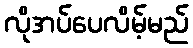
လိုအပ်ပေလိမ့်မည်